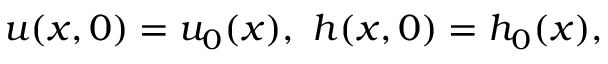
u ( x , 0 ) = u _ { 0 } ( x ) , \ h ( x , 0 ) = h _ { 0 } ( x ) ,